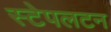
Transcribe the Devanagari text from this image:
स्टेपलटन